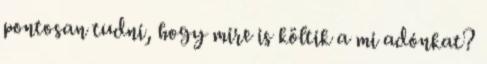
pontosan tudni, hogy mire is költik a mi adónkat?